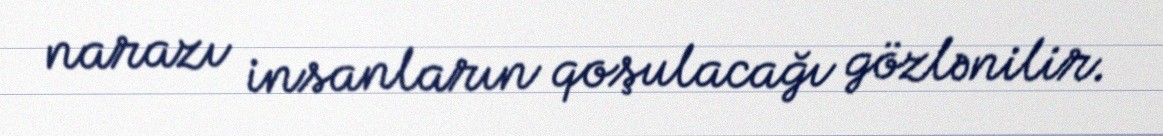
narazı insanların qoşulacağı gözlənilir.